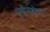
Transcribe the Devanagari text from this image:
एसेनबोगा